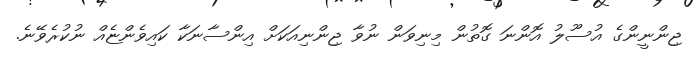
ޖިންނީންގެ އުސޫލު އޮންނަ ގޮތުން މިނިވަން ނުވާ ޖިންނިއަކަށް އިންސާނަކާ ކައިވެންޏެއް ނުކުރެވޭނެ.